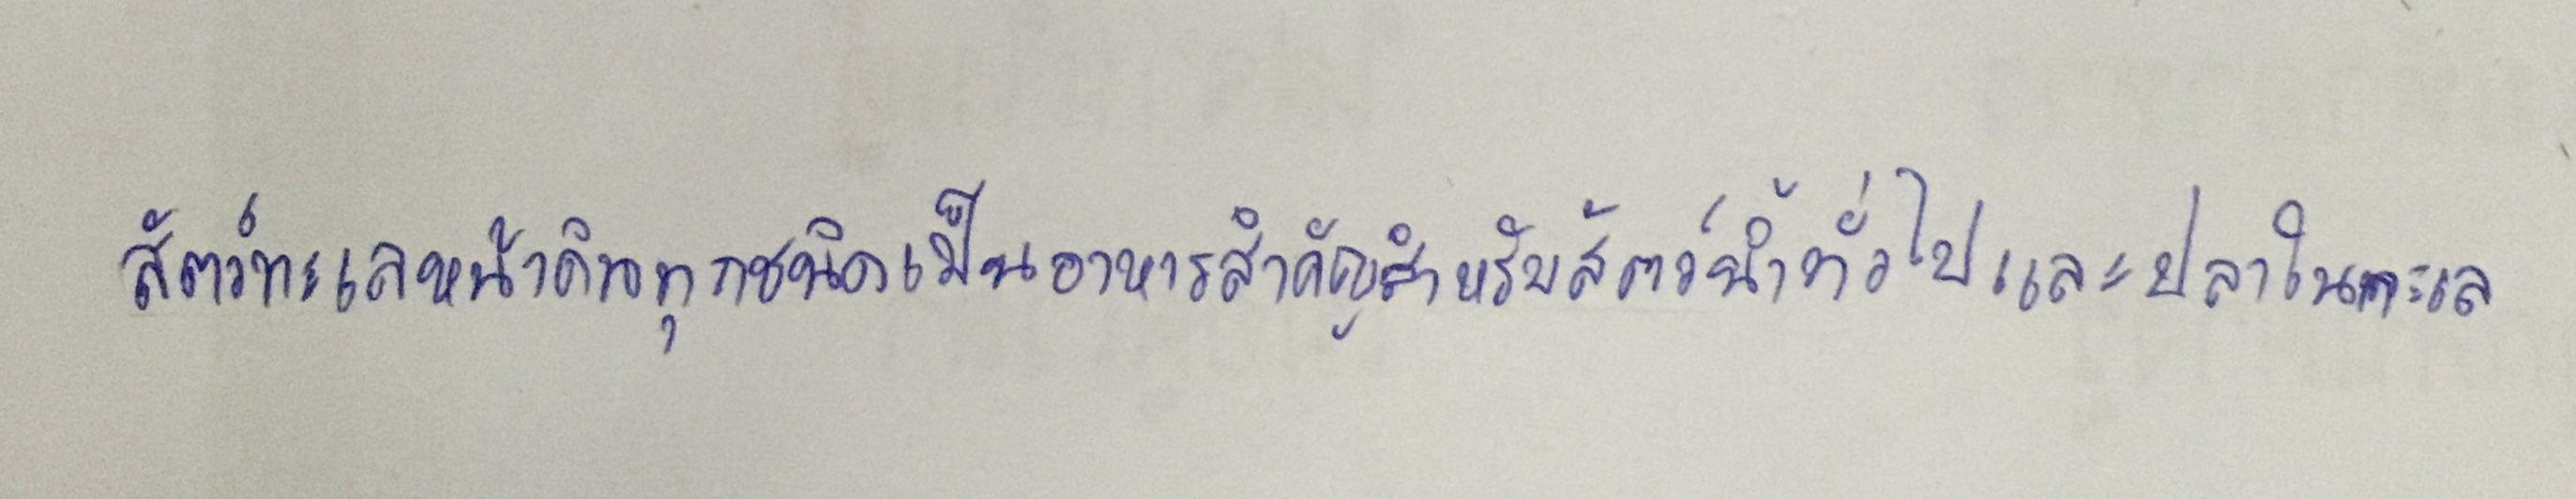
สัตว์ทะเลหน้าดินทุกชนิดเป็นอาหารสำคัญสำหรับสัตว์น้ำทั่วไปและปลาในทะเล